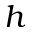
h